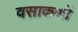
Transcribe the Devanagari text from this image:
वसाकणों